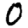
Digit: 0